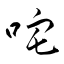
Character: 咤